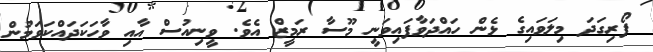
ފޯރިގަދަ މިލަވައިގެ ޅެން ހައްދަވާފައިވަނީ މޫސާ ރަމީޒް އެވެ. ވީނިއުސް އާއި ވާހަކަދައްކަވަމުން